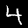
Label: 4